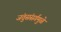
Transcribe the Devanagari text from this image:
जंतुसंसर्गमुळे